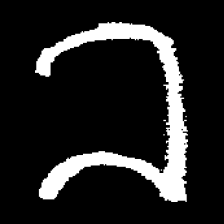
Pyu character \u2014 Myanmar letter: ခ (romanized: kha)